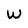
Character: W